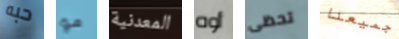
حبه مو المعدنية أوه تحظى جميعنا